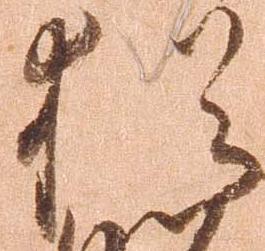
猶